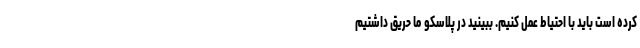
کرده است باید با احتیاط عمل کنیم. ببینید در پلاسکو ما حریق داشتیم